Note on the mental hospitals in Burma - 1925-1940
Year: 1925
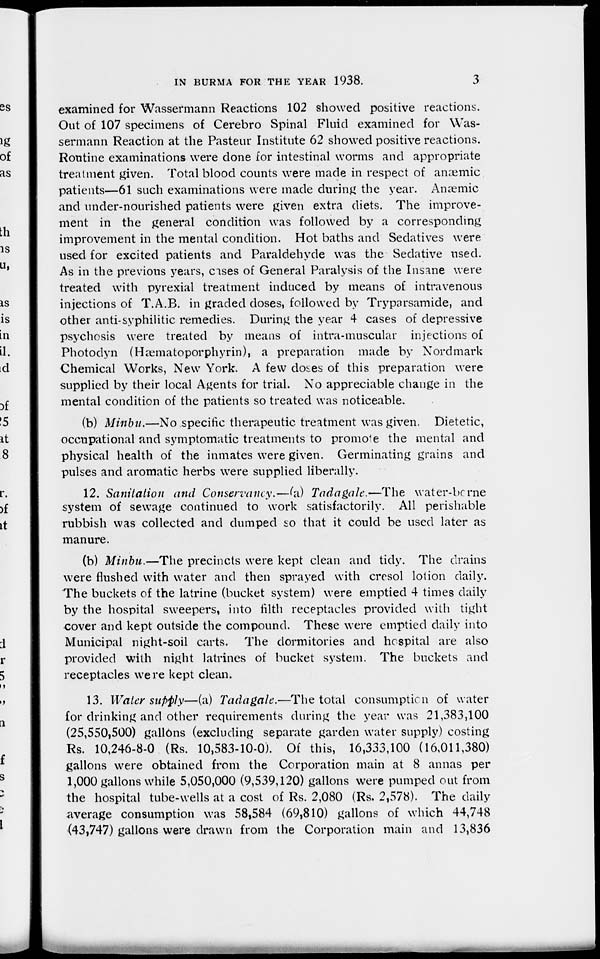
IN BURMA FOR THE YEAR 1938.
3
examined for Wassermann Reactions 102 showed positive reactions.
Out of 107 specimens of Cerebro Spinal Fluid examined for Was-
sermann Reaction at the Pasteur Institute 62 showed positive reactions.
Routine examinations were done for intestinal worms and appropriate
treatment given. Total blood counts were made in respect of anæmic
patients—61 such examinations were made during the year. Anæmic
and under-nourished patients were given extra diets. The improve-
ment in the general condition was followed by a corresponding
improvement in the mental condition. Hot baths and Sedatives were
used for excited patients and Paraldehyde was the Sedative used.
As in the previous years, cases of General Paralysis of the Insane were
treated with pyrexial treatment induced by means of intravenous
injections of T.A.B. in graded doses, followed by Tryparsamide, and
other anti-syphilitic remedies. During the year 4 cases of depressive
psychosis were treated by means of intra-muscular injections of
Photodyn (Hæmatoporphyrin), a preparation made by Nordmark
Chemical Works, New York. A few doses of this preparation were
supplied by their local Agents for trial. No appreciable change in the
mental condition of the patients so treated was noticeable.
(b) Minbu.—No specific therapeutic treatment was given. Dietetic,
occupational and symptomatic treatments to promote the mental and
physical health of the inmates were given. Germinating grains and
pulses and aromatic herbs were supplied liberally.
12. Sanitation and Conservancy.—(a) Tadagale.—The water-borne
system of sewage continued to work satisfactorily. All perishable
rubbish was collected and dumped so that it could be used later as
manure.
(b) Minbu.—The precincts were kept clean and tidy. The drains
were flushed with water and then sprayed with cresol lotion daily.
The buckets of the latrine (bucket system) were emptied 4 times daily
by the hospital sweepers, into filth receptacles provided with tight
cover and kept outside the compound. These were emptied daily into
Municipal night-soil carts. The dormitories and hospital are also
provided with night latrines of bucket system. The buckets and
receptacles were kept clean.
13. Water supply—(a) Tadagale.—The total consumption of water
for drinking and other requirements during the year was 21,383,100
(25,550,500) gallons (excluding separate garden water supply) costing
Rs. 10,246-8-0 (Rs. 10,583-10-0). Of this, 16,333,100 (16,011,380)
gallons were obtained from the Corporation main at 8 annas per
1,000 gallons while 5,050,000 (9,539,120) gallons were pumped out from
the hospital tube-wells at a cost of Rs. 2,080 (Rs. 2,578). The daily
average consumption was 58,584 (69,810) gallons of which 44,748
(43,747) gallons were drawn from the Corporation main and 13,836